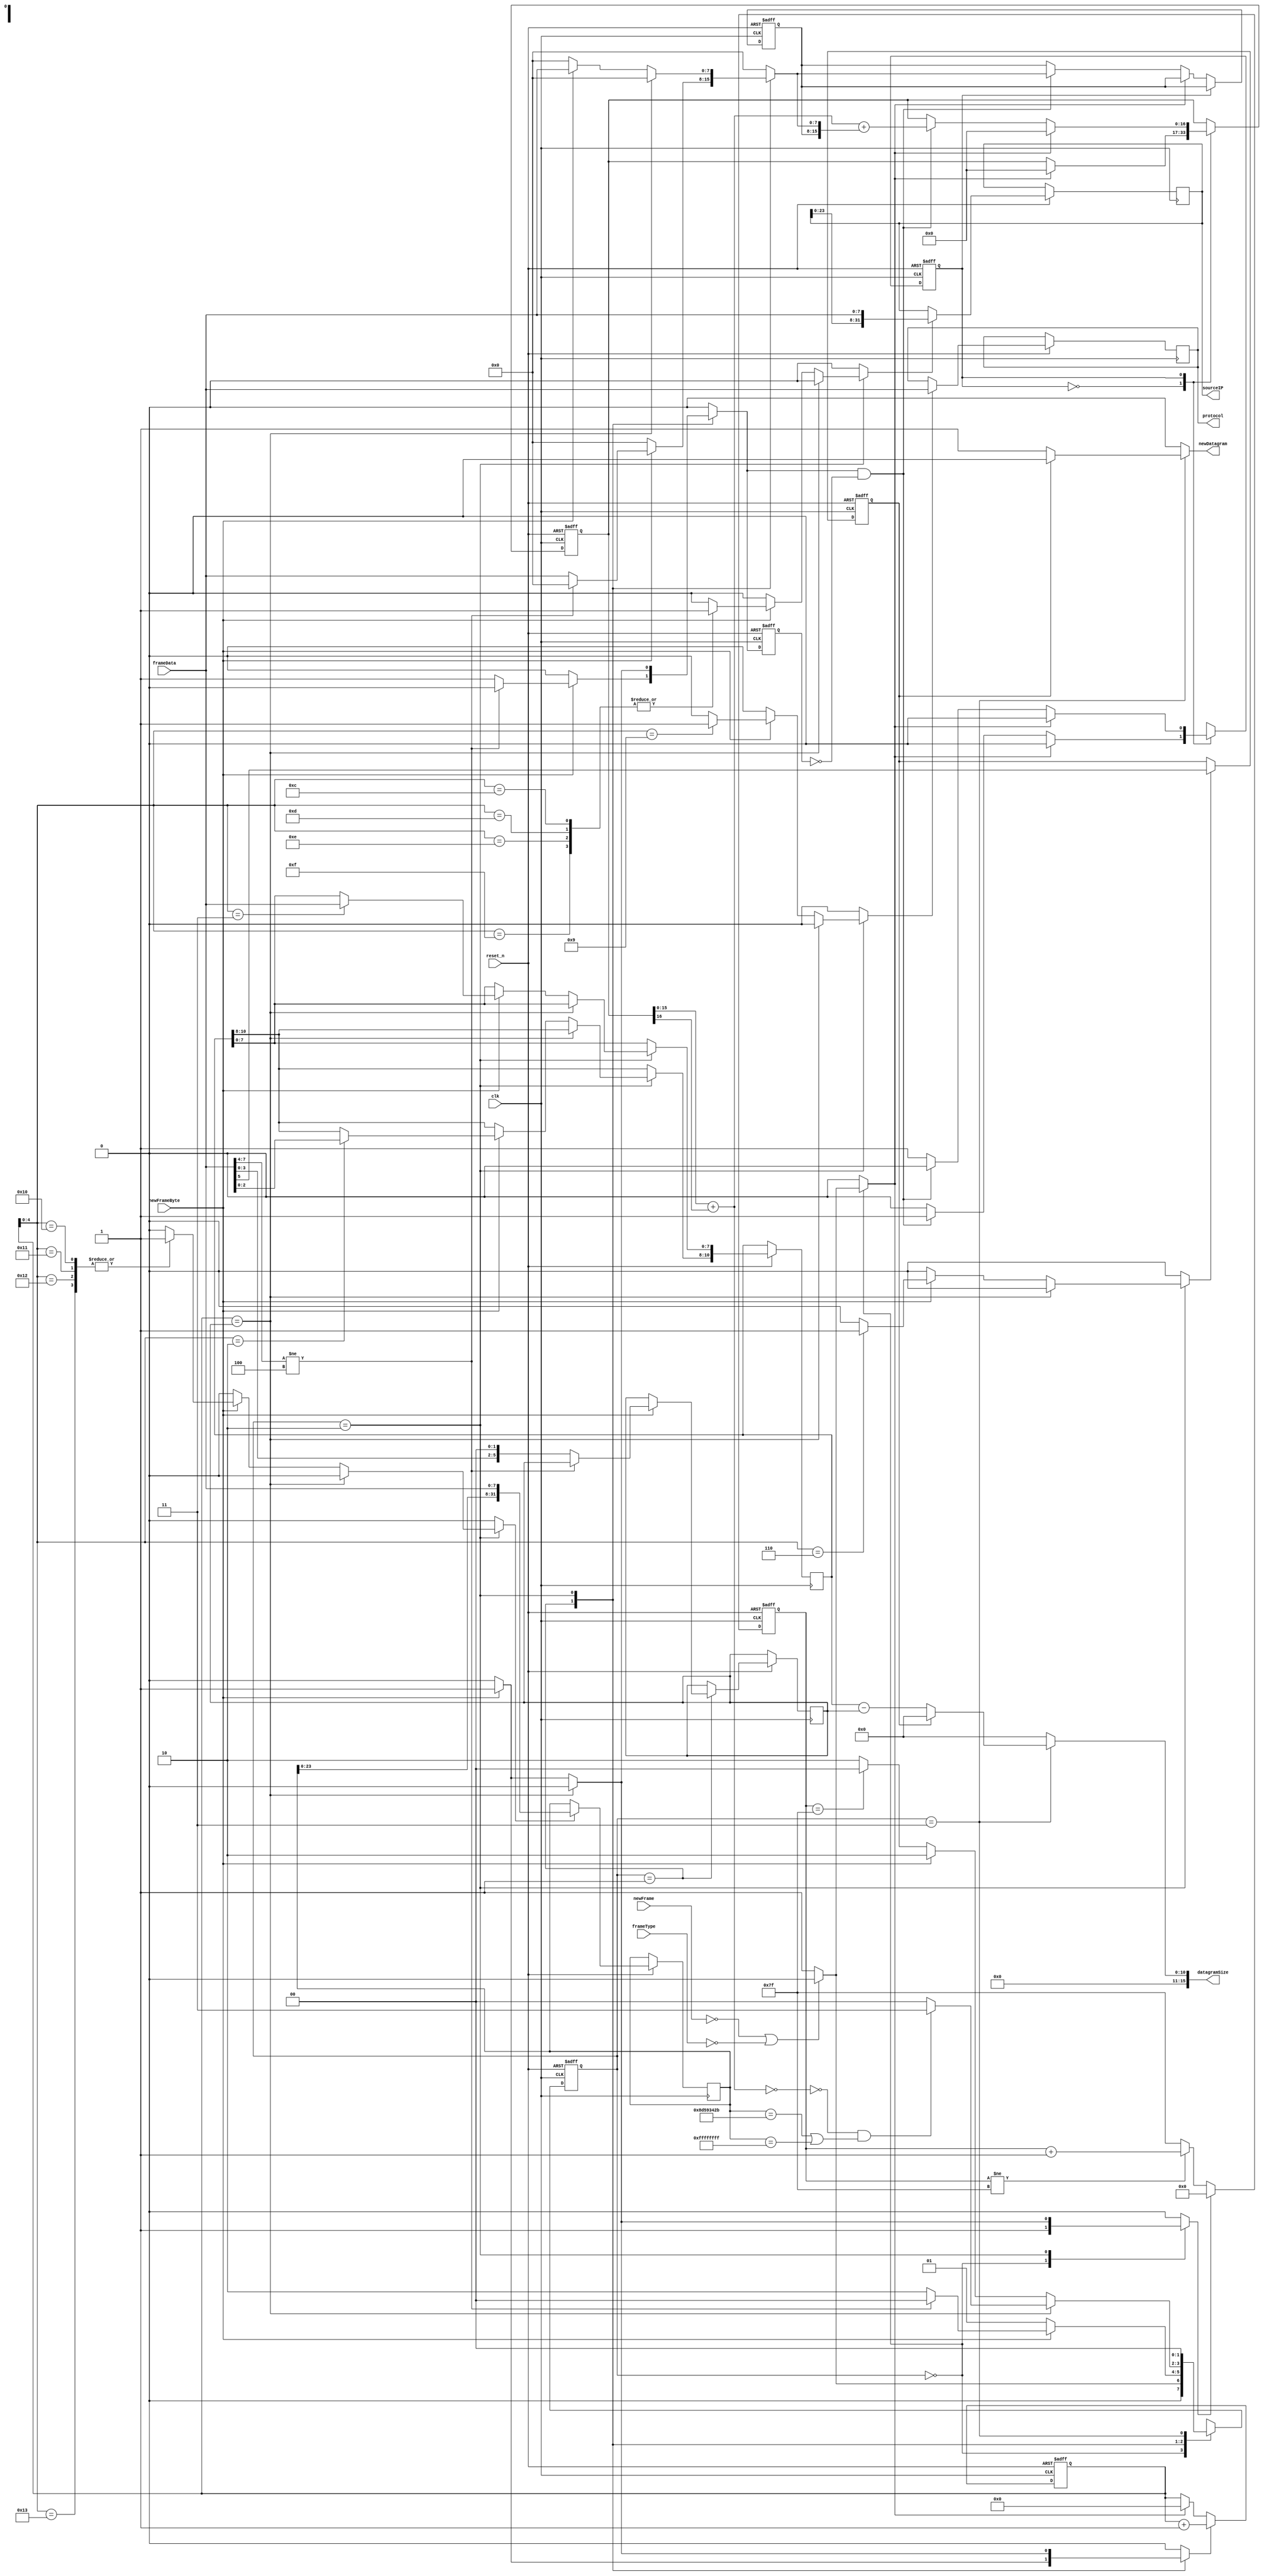
/***********************************************************************
  $FILENAME    : internet_rx.v

  $TITLE       : Internet protocol (rx) implementation

  $DATE        : 19 July 2012

  $VERSION     : 1.0.0

  $DESCRIPTION : IP layer for network stack project. This accepts byte-streams of data from 
                 the ethernet layer and decodes the IP information to send data to the upper
                 protocols. Reassembly is implemented and two incoming packets can be
                 reassembled at once. Reassembly only works if incoming packets come in 
                 order.

  $AUTHOR     : (C) 2001 Ashley Partis and Jorgen Peddersen (VHDL code)
                Armin Zare Zadeh (ali.a.zarezadeh @ gmail.com) (Verilog code)
                  (C) 2009 - Universitaet Potsdam (http://www.uni-potsdam.de/cs/)
                  (C) 2012 - Leibniz-Institut fuer Agrartechnik Potsdam-Bornim e.V.
                  https://www.atb-potsdam.de/de/institut/fachabteilungen/technik-im-pflanzenbau

************************************************************************/


module internet_rx #(
  parameter [31:0] DEVICE_IP      = 32'h8d59342b
)
(
  input              clk,            // clock 
  input              reset_n,        // asynchronous active low reset
  
  input              newFrame,		 // new frame received from the layer below
  input              frameType,      // frame TYPE = '1' for IP
  input              newFrameByte,   // signals a new byte in the stream
  input [7:0]        frameData,      // data is streamed in here
  output reg         newDatagram,    // an IP datagram has been fully received
  output reg  [15:0] datagramSize,   // size of the datagram received
  output wire [7:0]  protocol,       // protocol TYPE of datagram
  output wire [31:0] sourceIP	     // lets upper protocol know the source IP
);

  // signal declarations
  // FSM states
  parameter [1:0]
	RX_INT_IDLE    	           = 3'd0,	
	RX_INT_GETHEADERLEN   	   = 3'd1,	
	RX_INT_GETHEADERBYTE   	   = 3'd2,	
	RX_INT_COMPLETEFRAGMENT    = 3'd3;
  
  reg [1:0]  ip_rx_cur_fsm;
  reg [1:0]  ip_rx_nxt_fsm;
  reg [1:0]  returnState;	  // Used to return from RAM 'subroutines' 
  reg [5:0]  headerLen;	      // IP datagram header length
  reg [5:0]  nextHeaderLen;	  // signal for the next header lengh
  reg [10:0] datagramLen;     // IP datagram total length in bytes
  reg [10:0] nextDatagramLen; // signal for the next datagram length
  wire [10:0] dataLen;        // IP datagram data length in bytes
  reg [10:0] nextDataLen;     // signal for the next data length
  reg        incCnt;		  // increments byte address counter
  reg        rstCnt;		  // resets byte address counter
  reg [5:0]  cnt;	          // byte address counter for the frame received
  reg        latchFrameData;  // latch in the data from the stream
  reg [7:0]  frameDataLatch;  // register to hold latched data
  reg [31:0] targetIP;        // stores target IP (destination)
  reg        shiftInTargetIP; // signal to shift in target IP
  reg        shiftInSourceIP; // stores source IP
  reg        latchProtocol;	  // signal to shift in source IP
  // checksum signals
  reg        checkState;
  parameter  stMSB = 1'b0;
  parameter  stLSB = 1'b1;
  reg [16:0] checksumLong;    // stores 2's complement sum
  wire [15:0] checksumInt;    // stores 1's complement sum
  reg [7:0]  latchMSB;	      // latch in first byte
  reg        newHeader;		  // resets checksum
  reg        newByte;		  // indicate new byte
  reg        lastNewByte;	  // detect changes in newByte
  reg [7:0]  inByte;	      // byte to calculate
  wire [15:0] checksum;       // current checksum

  reg [15:0] identification;  		 // identification field
  reg        shiftInIdentification;	 // signal to shift in identification
  reg [12:0] fragmentOffset;         // fragment offset field
  reg        shiftInFragmentOffset;	 // signal to shift in offset
  reg        moreFragments;			 // more fragments flag
  reg        latchMoreFragments;	 // signal to determine MF flag

  parameter  TIMERWIDTH = 7;		 // can be used to vary timeout length
  reg [6:0]  timeout0;	             // timeout counter
  reg        resetTimeout;		     // start timeout counter
  parameter  FULLTIME = 7'b1111111;  // last value of timeout counter
  reg [31:0] sourceIPSig;	         // internal signal for output
  reg [7:0]  protocolSig;		     // internal signal for output	

  // These signals are used instead of buffer ports
  assign sourceIP = sourceIPSig;
  assign protocol = protocolSig;
	
  // Some definitions to make further code simpler
//	targetIdent <= sourceIPSig & protocolSig & identification;
  assign dataLen = datagramLen - {5'b00000,headerLen[5:0]};
	
  // ==============================================================================
  // main clocked logic
  always @(posedge clk or negedge reset_n) 
  begin
    // set up the asynchronous active low reset
    if (!reset_n) begin
	  ip_rx_cur_fsm <= RX_INT_IDLE;
	  returnState <= RX_INT_IDLE;
	  timeout0 <= FULLTIME;
	  cnt <= 6'b0;
	  moreFragments <= 1'b0;
	end
	else begin
	  // Go to next state wether directly or via a RAM state.
	  // If a RAM write or a new byte from the data stream are requested,
	  // the state machine stores ip_rx_nxt_fsm in returnState and goes to the
	  // required state.  After completion, the state machine will go to 
	  // returnState. This is like a 'subroutine' in the state machine.
//	  if (getNewByte) begin
//	    ip_rx_cur_fsm <= RX_INT_GETNEWBYTE;
//		returnState <= ip_rx_nxt_fsm;
//	  end	
//	  else
		ip_rx_cur_fsm <= ip_rx_nxt_fsm;
	  			
	  // increment and reset the counter synchronously to avoid race conditions
	  if (incCnt)
	    cnt <= cnt + 1;
	  else if (rstCnt)
		cnt <= 6'b0;
	  			
	  // latch data read from RAM
      if (latchFrameData)
	    frameDataLatch <= frameData;
	  			
      // these signals must remember their values once set
      headerLen <= nextHeaderLen;
      datagramLen <= nextDatagramLen;

      // shift registers and latches to hold important data
      if (shiftInSourceIP)
        sourceIPSig <= {sourceIPSig[23:0], frameData};
      
      if (shiftInTargetIP)
        targetIP <= {targetIP[23:0], frameData};
      
      if (latchProtocol)
        protocolSig <= frameData;
      
      if (shiftInFragmentOffset)
        fragmentOffset <= {fragmentOffset[4:0], frameData};
      
      if (latchMoreFragments)
        moreFragments <= frameData[5];
      
      if (shiftInIdentification)
        identification <= {identification[7:0], frameData};
      			
      // handle timeout counters, resetTimeout will only reset the current buffer
      if (resetTimeout)
        timeout0 <= 7'b0;
	  else begin
	    // increment timeout counters but don't let them overflow
		if (timeout0 != FULLTIME)
		  timeout0 <= timeout0 + 1;
		else
		  timeout0 <= FULLTIME;
		
	  end
			
    end
  end // always 

  // ==============================================================================
  // IP datagram header format
  //
  //	0          4          8                      16      19             24                    31
  //	--------------------------------------------------------------------------------------------
  //	| Version  | *Header  |    Service Type      |        Total Length including header        |
  //	|   (4)    |  Length  |     (ignored)        |                 (in bytes)                  |
  //	--------------------------------------------------------------------------------------------
  //	|           Identification                   | Flags |       Fragment Offset               |
  //	|                                            |       |      (in 32 bit words)              |
  //	--------------------------------------------------------------------------------------------
  //	|    Time To Live     |       Protocol       |             Header Checksum                 |
  //	|     (ignored)       |                      |                                             |
  //	--------------------------------------------------------------------------------------------
  //	|                                   Source IP Address                                      |
  //	|                                                                                          |
  //	--------------------------------------------------------------------------------------------
  //	|                                 Destination IP Address                                   |
  //	|                                                                                          |
  //	--------------------------------------------------------------------------------------------
  //	|                          Options (if any - ignored)               |       Padding        |
  //	|                                                                   |      (if needed)     |
  //	--------------------------------------------------------------------------------------------
  //	|                                          Data                                            |
  //	|                                                                                          |
  //	--------------------------------------------------------------------------------------------
  //	|                                          ....                                            |
  //	|                                                                                          |
  //	--------------------------------------------------------------------------------------------
  //
  // * - in 32 bit words 
  // ==============================================================================

  // ==============================================================================
  always @(ip_rx_cur_fsm or returnState or cnt or frameData or datagramLen or headerLen or dataLen or newFrame or frameType or checksum or targetIP or timeout0 or	fragmentOffset or moreFragments or newFrameByte)
  begin
    // signal defaults
    datagramSize <= 16'b0;
	incCnt <= 1'b0;
	rstCnt <= 1'b0;
	newDatagram <= 1'b0;
	// the following two signals remember their previous value if not reassigned
	nextHeaderLen <= headerLen;
	nextDatagramLen <= datagramLen;
	latchFrameData <= 1'b0;
	shiftInSourceIP <= 1'b0;
	shiftInTargetIP <= 1'b0;
	latchProtocol <= 1'b0;
	newHeader <= 1'b0;
	newByte <= 1'b0;
	inByte <= 8'b0;
	latchMoreFragments <= 1'b0;
	shiftInFragmentOffset <= 1'b0;

	shiftInIdentification <= 1'b0;		
	resetTimeout <= 1'b0;
	
	case(ip_rx_cur_fsm)
	  RX_INT_IDLE: // 0
	  begin
	    resetTimeout <= 1'b1;
        // wait for the arrival of a new frame that has a frameType of 1
		if (!newFrame || !frameType)
		  ip_rx_nxt_fsm <= RX_INT_IDLE;
		else begin
		  // reset the counters for the next datagram
		  rstCnt <= 1'b1;
		  newHeader <= 1'b1;
		  ip_rx_nxt_fsm <= RX_INT_GETHEADERLEN;
		end
	  end	  

      RX_INT_GETHEADERLEN: // 1
	  begin
		if (newFrameByte) begin  
	      // check ip version
	      if (frameData[7:4] != 4)
		    ip_rx_nxt_fsm <= RX_INT_IDLE;
	      else begin
		    ip_rx_nxt_fsm <= RX_INT_GETHEADERBYTE;
		    // send data to checksum machine
		    inByte <= frameData;
		    newByte <= 1'b1;
		    // get the header length in bytes, rather than 32-bit words
		    nextHeaderLen <= {frameData[3:0], 2'b00};
	      end
		  incCnt <= 1'b1;
		end
		else
		  ip_rx_nxt_fsm <= RX_INT_GETHEADERLEN;
	  end	  
			
      RX_INT_GETHEADERBYTE:  // 2
	  begin
	    // if we've finished getting the headers and processing them, start on the data
	    // once finished, refragmenting will come next
	    if (cnt == headerLen)  begin
	      // only operate on data meant for us, or broadcast data
	      if (checksum == 0 && (targetIP == DEVICE_IP || targetIP == 32'hFFFFFFFF))  
		    ip_rx_nxt_fsm <= RX_INT_COMPLETEFRAGMENT;
	      else
		    // ignore frame as it wasn't for us
		    ip_rx_nxt_fsm <= RX_INT_IDLE;
		end			
		else if (newFrameByte) begin  
	      // operate on each value of the header received according to count
	      // count will be one higher than the last byte received, as it is incremented
	      // at the same time as the data is streamed in, so
	      // when the data is seen to be available, count should also be one higher
				
	      // Send data to checksum PROCESS
	      newByte <= 1'b1;
	      inByte <= frameData;
				
	      // Operate on data in the header
	      case(cnt[4:0])				
	        5'd2://3
	        begin
  	          nextDatagramLen[10:8] <= frameData[2:0];
	        end	
						
	        5'd3://4
	        begin
	          nextDatagramLen[7:0] <= frameData;
	        end	
						
	        5'd4, 5'd5://5 6
	        begin
	          shiftInIdentification <= 1'b1;
	        end	
						
	        5'd6: // 7
	        begin
	          shiftInFragmentOffset <= 1'b1;
	          latchMoreFragments <= 1'b1;
	        end	
						
	        5'd7: // 8
	        begin
	          shiftInFragmentOffset <= 1'b1;
	        end	
						
	        5'd9: // 10=a
	        begin
	          latchProtocol <= 1'b1;
	        end	
						
	        5'd12, 5'd13, 5'd14, 5'd15: // 13, 14 16
	        begin
	          shiftInSourceIP <= 1'b1;
	        end	
						
	        5'd16, 5'd17, 5'd18, 5'd19:	// 17, 18, 19, 20				
	        begin
 	          shiftInTargetIP <= 1'b1;
	        end	
						
	        default:
	        begin
	        end	
		  
	      endcase
		  incCnt <= 1'b1;
		  ip_rx_nxt_fsm <= RX_INT_GETHEADERBYTE;
          resetTimeout <= 1'b1;
		end
	    else if (timeout0 == FULLTIME)
		  ip_rx_nxt_fsm <= RX_INT_IDLE;
		// otherwise get the next header byte from RAM
	    else begin
		  ip_rx_nxt_fsm <= RX_INT_GETHEADERBYTE;
	    end
				
	  end	  
			
	  RX_INT_COMPLETEFRAGMENT: // 3
	  begin
		// Signal the transport protocols if the datagram is finished
		// or await next frame.
		ip_rx_nxt_fsm <= RX_INT_IDLE;
		if (!moreFragments) begin
		  // Last frame so :
		  newDatagram <= 1'b1;		// notify higher protocols it's ready
		  datagramSize <= {5'b00000, dataLen};
	    end
	  end	  
				
      default:
	  begin
 	    ip_rx_nxt_fsm <= RX_INT_IDLE;
	  end	  
	  
	endcase
  end // always
	
  // Perform 2's complement to one's complement conversion, and invert output
  assign checksumInt = checksumLong[15:0] + checksumLong[16];
  assign checksum = ~checksumInt;

  // ==============================================================================
  always @(posedge clk or negedge reset_n) 
  begin
	// reset state and ARP entries  
    if (!reset_n) begin
	  checkState <= stMSB;
	  latchMSB <= 8'b0;
	  checksumLong <= 17'b0;
	  lastNewByte <= 1'b0;
	end
	else begin
	  // this is used to check only for positive transitions
	  lastNewByte <= newByte;		
			
      case(checkState)
	    stMSB:
		begin
		  if (newHeader)  begin
		    // reset calculation
			checkState <= stMSB;
			checksumLong <= 17'b0;
		  end	
		  else if (newByte && !lastNewByte)  begin
		    // latch MSB of 16 bit data
			checkState <= stLSB;
			latchMSB <= inByte;
		  end	
		  else
			checkState <= stMSB;
		end
					
	    stLSB:
		begin		
		  if (newHeader)  begin
		    // reset calculation
			checkState <= stMSB;
			checksumLong <= 17'b0;
		  end	
		  else if (newByte && !lastNewByte)  begin
			// add with 2's complement arithmetic (convert to 1's above)
			checkState <= stMSB;
			checksumLong <= {1'b0,checksumInt} + {1'b0,latchMSB,inByte};
		  end	
		  else
			checkState <= stLSB;
		end
					
		default:
		begin
		  checkState <= stMSB;
		end
		  
	  endcase
	  
    end
  end // always	
	
endmodule